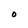
Character: O